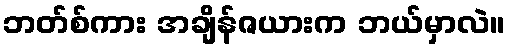
ဘတ်စ်ကား အချိန်ဇယားက ဘယ်မှာလဲ။